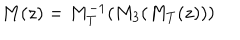
M ( z ) = M _ { T } ^ { - 1 } ( M _ { 3 } ( M _ { T } ( z ) ) )